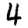
Digit: 4